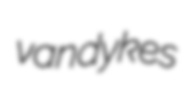
vandykes